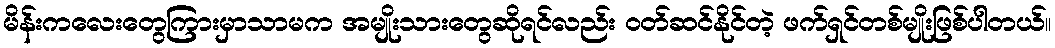
မိန်းကလေးတွေကြားမှာသာမက အမျိုးသားတွေဆိုရင်လည်း ဝတ်ဆင်နိုင်တဲ့ ဖက်ရှင်တစ်မျိုးဖြစ်ပါတယ်။